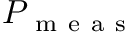
P _ { \mathrm { ~ m ~ e ~ a ~ s ~ } }